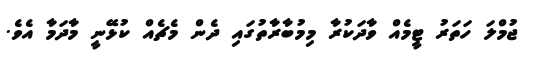
ޖުމްލަ ހަތަރު ޓީމެއް ވާދަކުރާ މިމުބާރާތުގައި ދެން މެޗެއް ކުޅޭނީ މާދަމާ އެވެ.